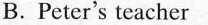
B.Peter's teacher